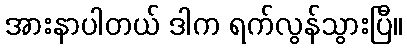
အားနာပါတယ် ဒါက ရက်လွန်သွားပြီ။